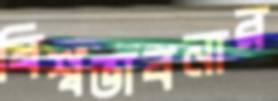
বিশ্বভাবনার